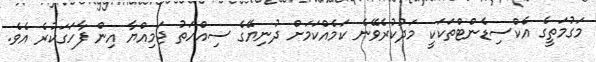
މަގުމަތީގެ އެކްސިޑެންޓްތަކަކީ މަދުކުރެވޭނެ ކަމެއްކަމަށް ދުނިޔޭގެ ސިއްހަތު ޖަމިއްޔާ އިން ފާހަގަކުރެ އެވެ.